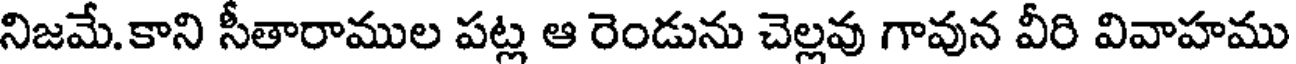
నిజమే.కాని సీతారాముల పట్ల ఆ రెండును చెల్లవు గావున వీరి వివాహము